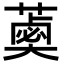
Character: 𦼣